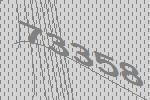
73358